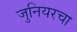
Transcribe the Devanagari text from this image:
जुनियरचा